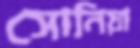
সোনিয়া